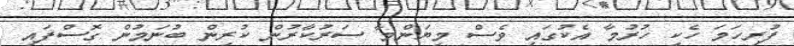
ފުރިހަމަ ހެކި ހުރުމާ އެކުގައި ވެސް މިޔަންމާ ސަރުކާރުން ކުރިން ބުނަމުން ގޮސްފައި